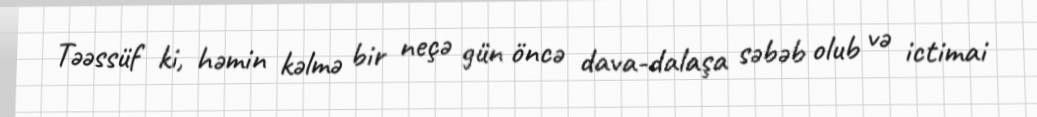
Təəssüf ki, həmin kəlmə bir neçə gün öncə dava-dalaşa səbəb olub və ictimai